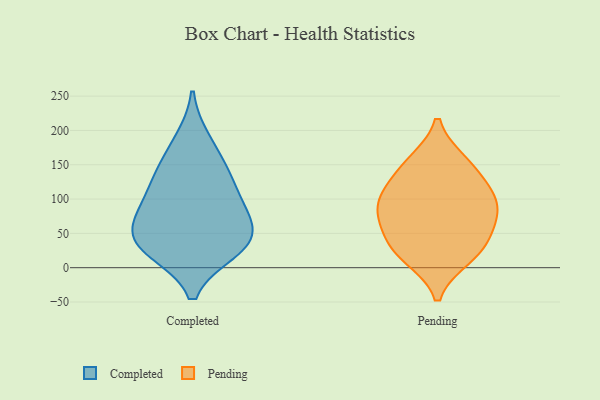
{"axis": {"x": "Shipments", "y": "Value"}, "legend": ["Completed", "Pending"], "data": [{"x": "", "y": 68, "type": "Completed"}, {"x": "", "y": 29, "type": "Completed"}, {"x": "", "y": 102, "type": "Completed"}, {"x": "", "y": 98, "type": "Completed"}, {"x": "", "y": 63, "type": "Completed"}, {"x": "", "y": 30, "type": "Completed"}, {"x": "", "y": 25, "type": "Completed"}, {"x": "", "y": 137, "type": "Completed"}, {"x": "", "y": 46, "type": "Completed"}, {"x": "", "y": 186, "type": "Completed"}, {"x": "", "y": 145, "type": "Completed"}, {"x": "", "y": 149, "type": "Pending"}, {"x": "", "y": 154, "type": "Pending"}, {"x": "", "y": 66, "type": "Pending"}, {"x": "", "y": 22, "type": "Pending"}, {"x": "", "y": 33, "type": "Pending"}, {"x": "", "y": 60, "type": "Pending"}, {"x": "", "y": 97, "type": "Pending"}, {"x": "", "y": 96, "type": "Pending"}, {"x": "", "y": 15, "type": "Pending"}, {"x": "", "y": 91, "type": "Pending"}, {"x": "", "y": 120, "type": "Pending"}]}